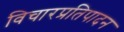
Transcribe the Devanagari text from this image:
विचारप्रतिपादन